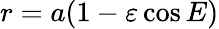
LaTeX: r=a(1-\varepsilon\cos E)